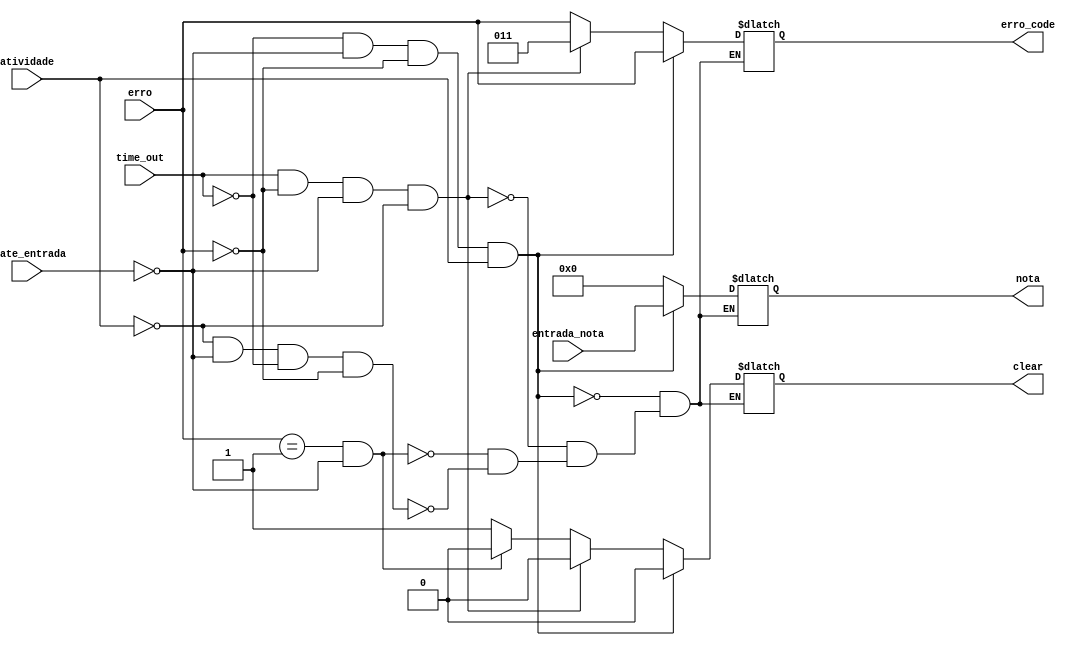
//Modulo de validacao da entradas de cedulas do sistema 
//Verificao de erro de time_out 
//entrada_nota -> valor da cedula 
//time_out -> verifica se houve erro de time_out, 1 se tiver
//state_entrada - >estado atual da maquina
//clear -> saida para limpar o cronometro
//erro_code -> codigo de erro


module validacao_entrada_cedula(
	
	input [7:0]entrada_nota,
	input atividade,
	input [2:0]erro,
	input time_out,
	input [2:0] state_entrada,
	output reg clear,
	output reg [2:0] erro_code,
	output reg [7:0]nota
);


always @(entrada_nota)
begin
//Sem atividade, atualizar contador, notificar a maquina para manter o estado
if ((atividade==0) && (state_entrada==3'b000) &&  (time_out==0) && (erro==3'b000))
begin
	clear = 1;
	nota = 8'd0;
	erro_code = erro;
	
end

//Erro de Cedula
if ((erro==3'b001) && (state_entrada ==3'b000))
begin
	clear = 0;
	nota = 8'd0;
	erro_code = erro;
end

//Erro de Time Out

if((time_out) && (erro==3'b000) && (state_entrada==3'b000) && (atividade==0))
begin
clear = 0;
nota = 8'd0;
erro_code = 3'b011;
end

//Com atividade, limpar o contador, notificar a maquina para manter o estado

if ((time_out==0) && (state_entrada==3'b000) && (erro==3'b000) && (atividade))
begin 
clear = 0;
nota = entrada_nota;
erro_code = erro;
end

end
endmodule